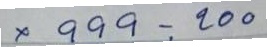
* 999 - 200